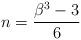
LaTeX: \begin{align*}n=\frac{\beta^{3}-3}{6}\end{align*}